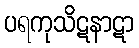
ပရကုသိဋနာဋာ